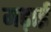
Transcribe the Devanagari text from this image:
मढ़ाई